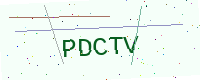
Text: PDCTV